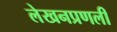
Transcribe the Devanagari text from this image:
लेखनप्रणली